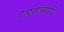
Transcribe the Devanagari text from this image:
धारवाडमध्ये